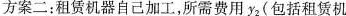
方案二：租赁机器自己加工，所需费用y_{2}(包括租赁机